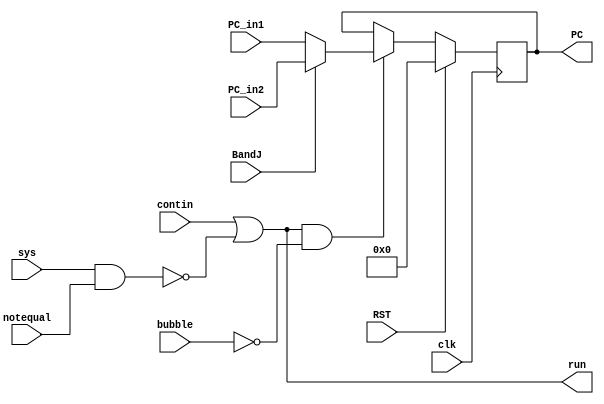
`timescale 1ns / 1ps
//////////////////////////////////////////////////////////////////////////////////
// Company: 
// Engineer: 
// 
// Design Name: 
// Module Name: pc_register
// Project Name: 
// Target Devices: 
// Tool Versions: 
// Description: 
// 
// Dependencies: 
// 
// Revision:
// Revision 0.01 - File Created
// Additional Comments:
// 
//////////////////////////////////////////////////////////////////////////////////


module pc_register(clk, RST, contin, sys, notequal, BandJ,
bubble ,PC_in1, PC_in2, PC, run);
input clk;
input RST, contin, sys, notequal, BandJ, bubble;
input [31:0]PC_in1, PC_in2;
output reg [31:0] PC;
output run;


initial PC <= 0;

assign run=contin|(~(sys&notequal));

always @(posedge clk) begin
	if(RST) PC<=0;//
	else
	begin
		if(run&(~bubble)) begin //
			if(BandJ==1) PC <= PC_in2;
			 else PC <= PC_in1;
//           else PC <= PC+32'h4;
		end
	end
end
	

endmodule